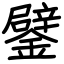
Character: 鐾